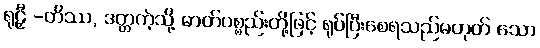
ရုဠှီ -တိဿ, ဒတ္တကဲ့သို့ ဓာတ်ပစ္စည်းတို့ဖြင့် ရုပ်ပြီးစေရသည်မဟုတ် သော